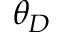
\theta _ { D }